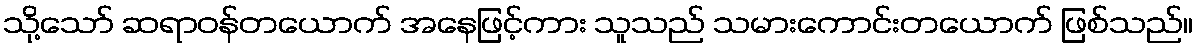
သို့သော် ဆရာဝန်တယောက် အနေဖြင့်ကား သူသည် သမားကောင်းတယောက် ဖြစ်သည်။